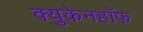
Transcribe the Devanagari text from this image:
क्युकेनहॉफ